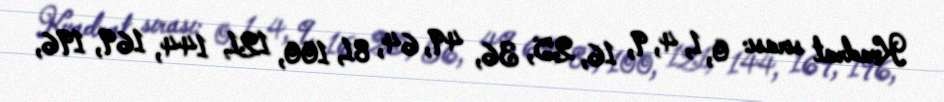
Kvadrat sırası: 0, 1, 4, 9, 16, 25, 36, 49, 64, 81, 100, 121, 144, 169, 196,